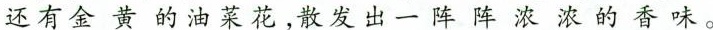
还有金黄的油菜花，散发出一阵阵浓浓的香味。